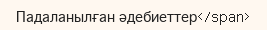
Падаланылған әдебиеттер</span>